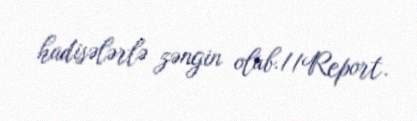
hadisələrlə zəngin olub.//Report.